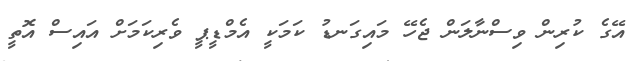
އޭގެ ކުރިން ވިސްނާލަން ޖެހޭ މައިގަނޑު ކަމަކީ އެމްޑީޕީ ވެރިކަމަށް އައިސް އޮތީ